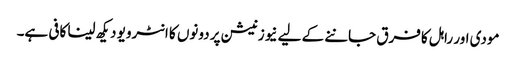
مودی اور راہل کا فرق جاننے کے لیے نیوز نیشن پر دونوں کا انٹرویو دیکھ لینا کافی ہے۔